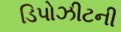
ડિપોઝીટની